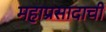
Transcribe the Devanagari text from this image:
महाप्रसादाची